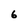
Character: 6